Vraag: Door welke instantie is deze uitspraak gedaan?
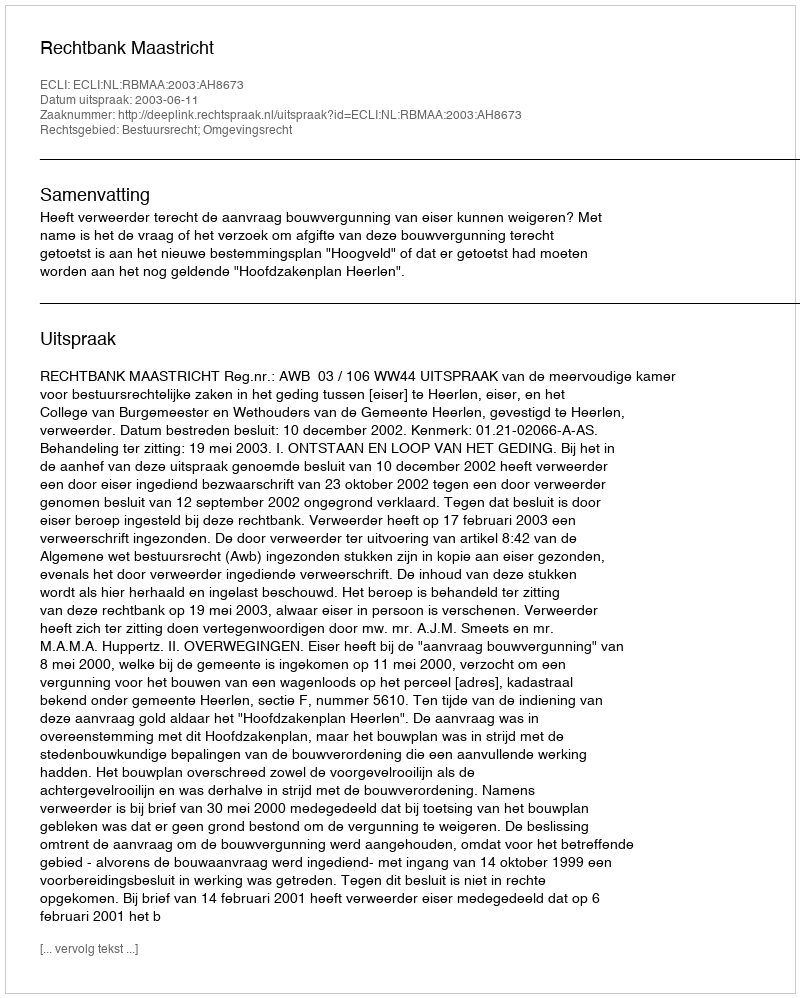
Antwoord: Rechtbank Maastricht